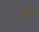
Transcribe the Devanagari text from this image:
पिपे